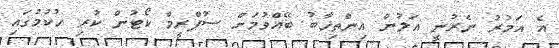
އެ އަމުރު ނެރުނީ އަލުން އިންތިޚާބު ބޭއްވުމަށް ސުޕްރީމް ކޯޓުން ކުރި ހުކުމުގައި